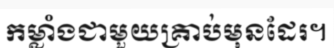
កម្លាំងជាមួយគ្រាប់មុនដែរ។